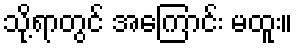
သို့ရာတွင် အကြောင်း မထူး။